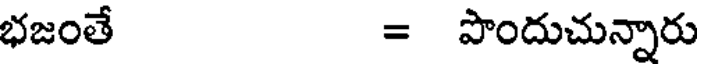
భజంతే = పొందుచున్నారు